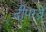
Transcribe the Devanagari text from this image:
दीपरत्ने